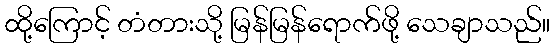
ထို့ကြောင့် တံတားသို့ မြန်မြန်ရောက်ဖို့ သေချာသည်။